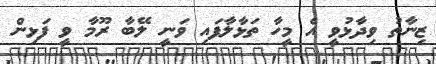
ޒިނާތު ވިދާޅުވީ އެ މީހާ ތަޅާލާފައި ވަނީ ލޭބާ ރޫމާ ވީ ފަޅިން